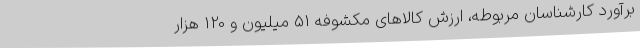
برآورد کارشناسان مربوطه، ارزش کالاهای مکشوفه 51 میلیون و 120 هزار